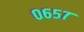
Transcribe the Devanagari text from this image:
०६५७